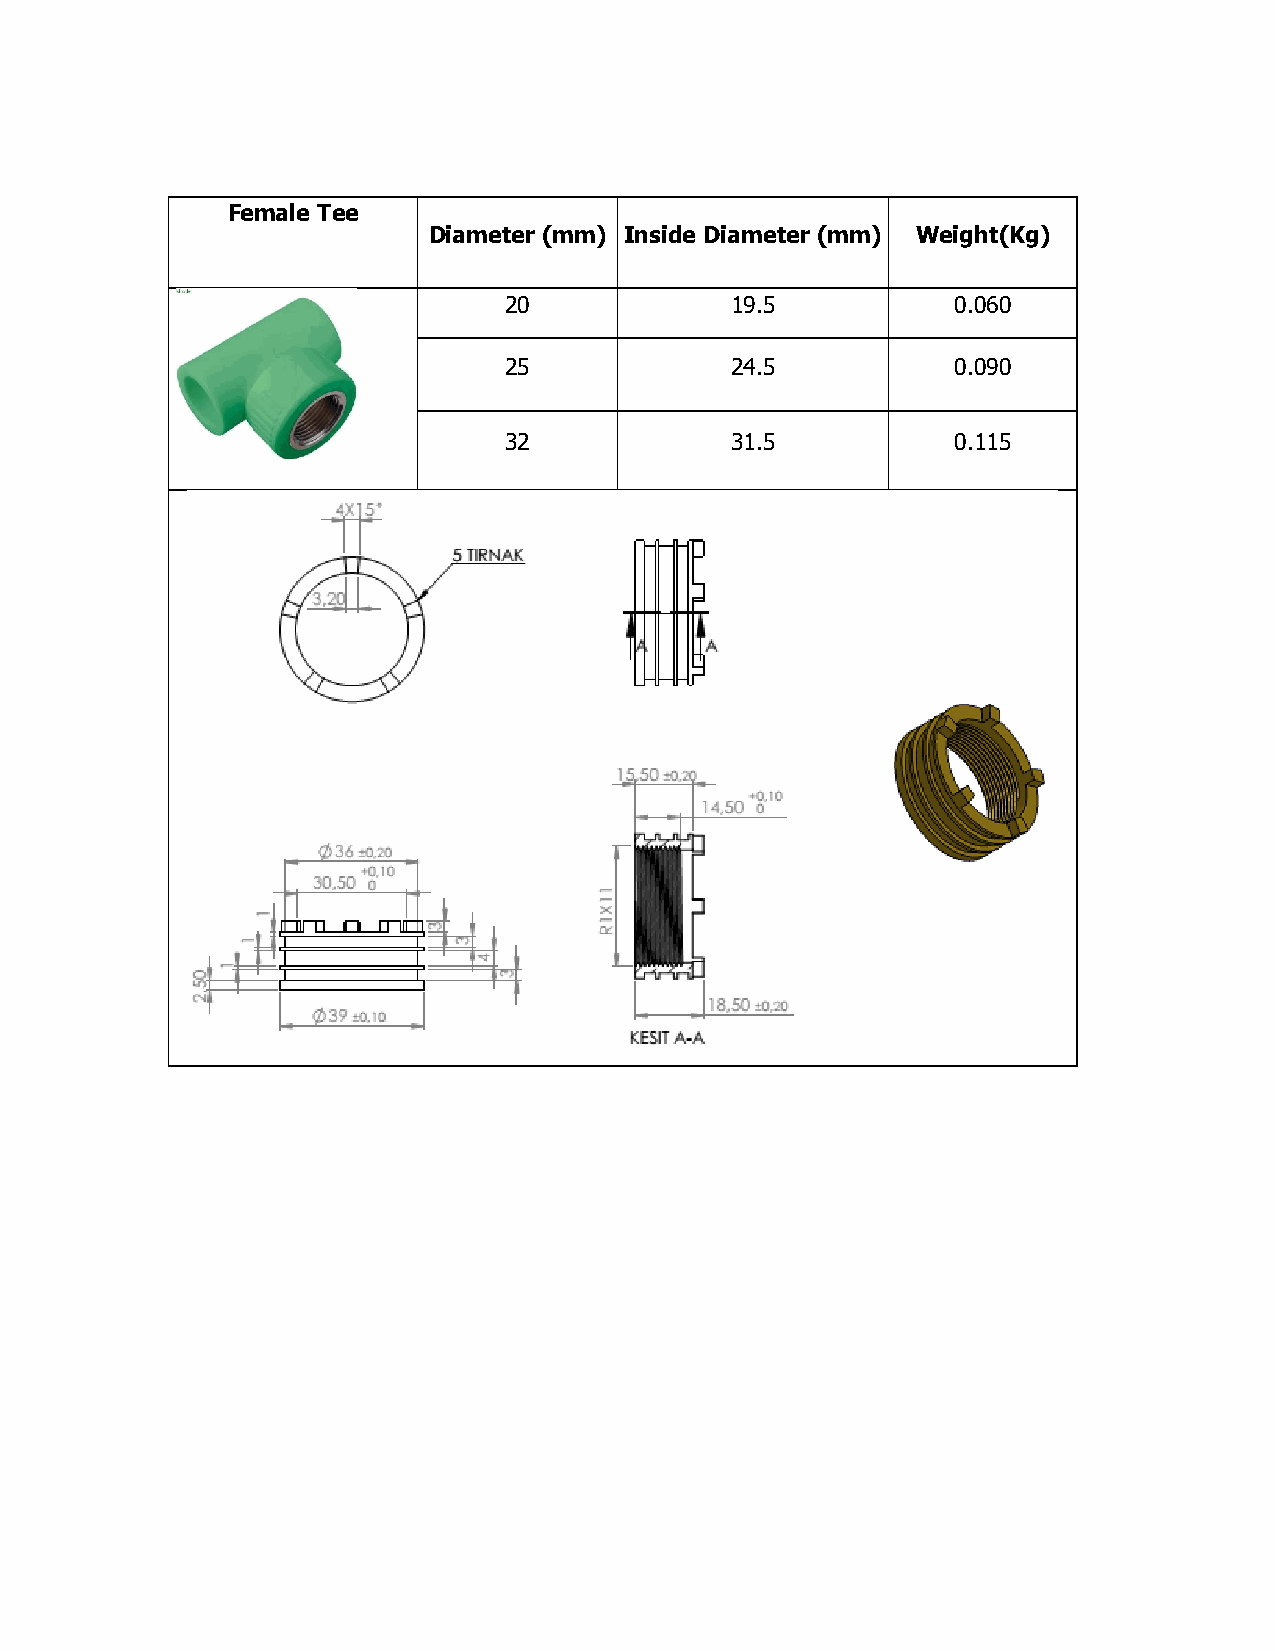
Female Tee
 Diameter (mm) Inside Diameter (mm) Weight(Kg)
 20             19.5           0.060
 25             24.5           0.090
 32             31.5           0.115